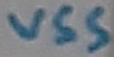
Text: VSS